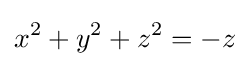
x^{2}+y^{2}+z^{2}=-z